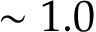
\sim 1 . 0